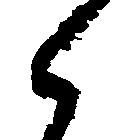
々